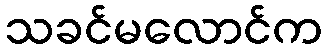
သခင်မလောင်က